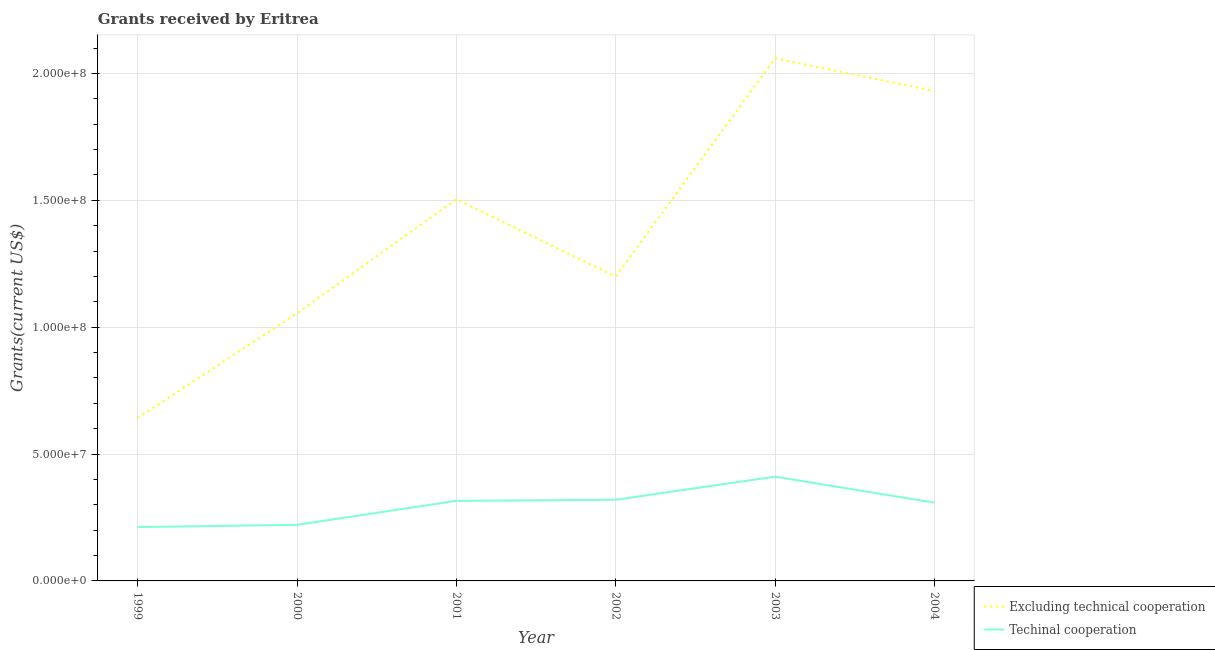
| Year | Excluding technical cooperation | Techinal cooperation |
 | --- | --- | --- |
 | 1999 | 6.42e+07 | 2.12e+07 |
 | 2000 | 1.06e+08 | 2.21e+07 |
 | 2001 | 1.5e+08 | 3.16e+07 |
 | 2002 | 1.2e+08 | 3.2e+07 |
 | 2003 | 2.06e+08 | 4.11e+07 |
 | 2004 | 1.93e+08 | 3.08e+07 |